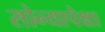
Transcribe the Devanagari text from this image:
सोन्यापेक्षा